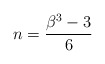
\begin{align*}n=\frac{\beta^{3}-3}{6}\end{align*}